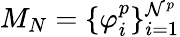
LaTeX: M_{N}=\{ \varphi_{i}^{p}\} _{i=1}^{\mathcal{N}^{p}}